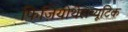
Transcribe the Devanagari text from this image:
फिज़ियोथेराप्यूटिक